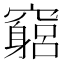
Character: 竆